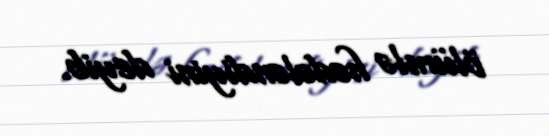
ölümlə hədələndiyini deyib.